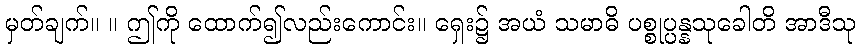
မှတ်ချက်။ ။ ဤကို ထောက်၍လည်းကောင်း။ ရှေး၌ အယံ သမာဓိ ပစ္စုပ္ပန္နသုခေါတိ အာဒီသု